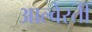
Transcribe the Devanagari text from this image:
आल्वेरती